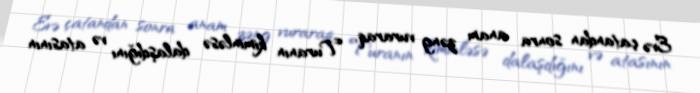
Evə çatandan sonra anam zəng vuraraq, Turanın kiminləsə dalaşdığını və atasının